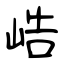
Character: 峼